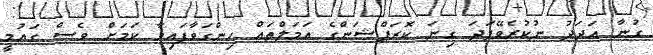
ގުނާ އަދަދު ނުކުރެވޭފަދަ ގިނަ ކޮރަޕްޝަންގެ އަމަލްތައް ހިންގަވާފައިވާ ކަމަށް ވެސް ގައުމީ